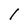
Character: l